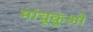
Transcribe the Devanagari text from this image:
मांचूकुओ